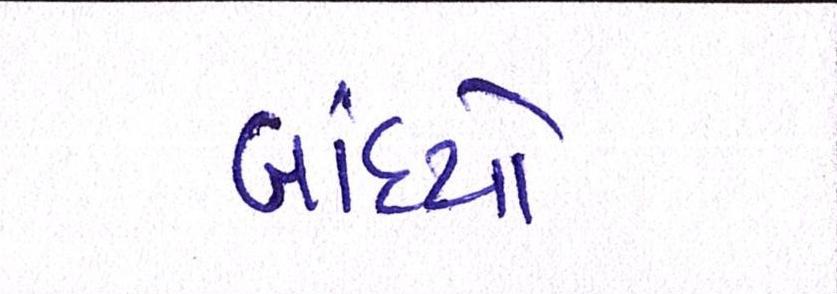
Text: બાંધ્યો